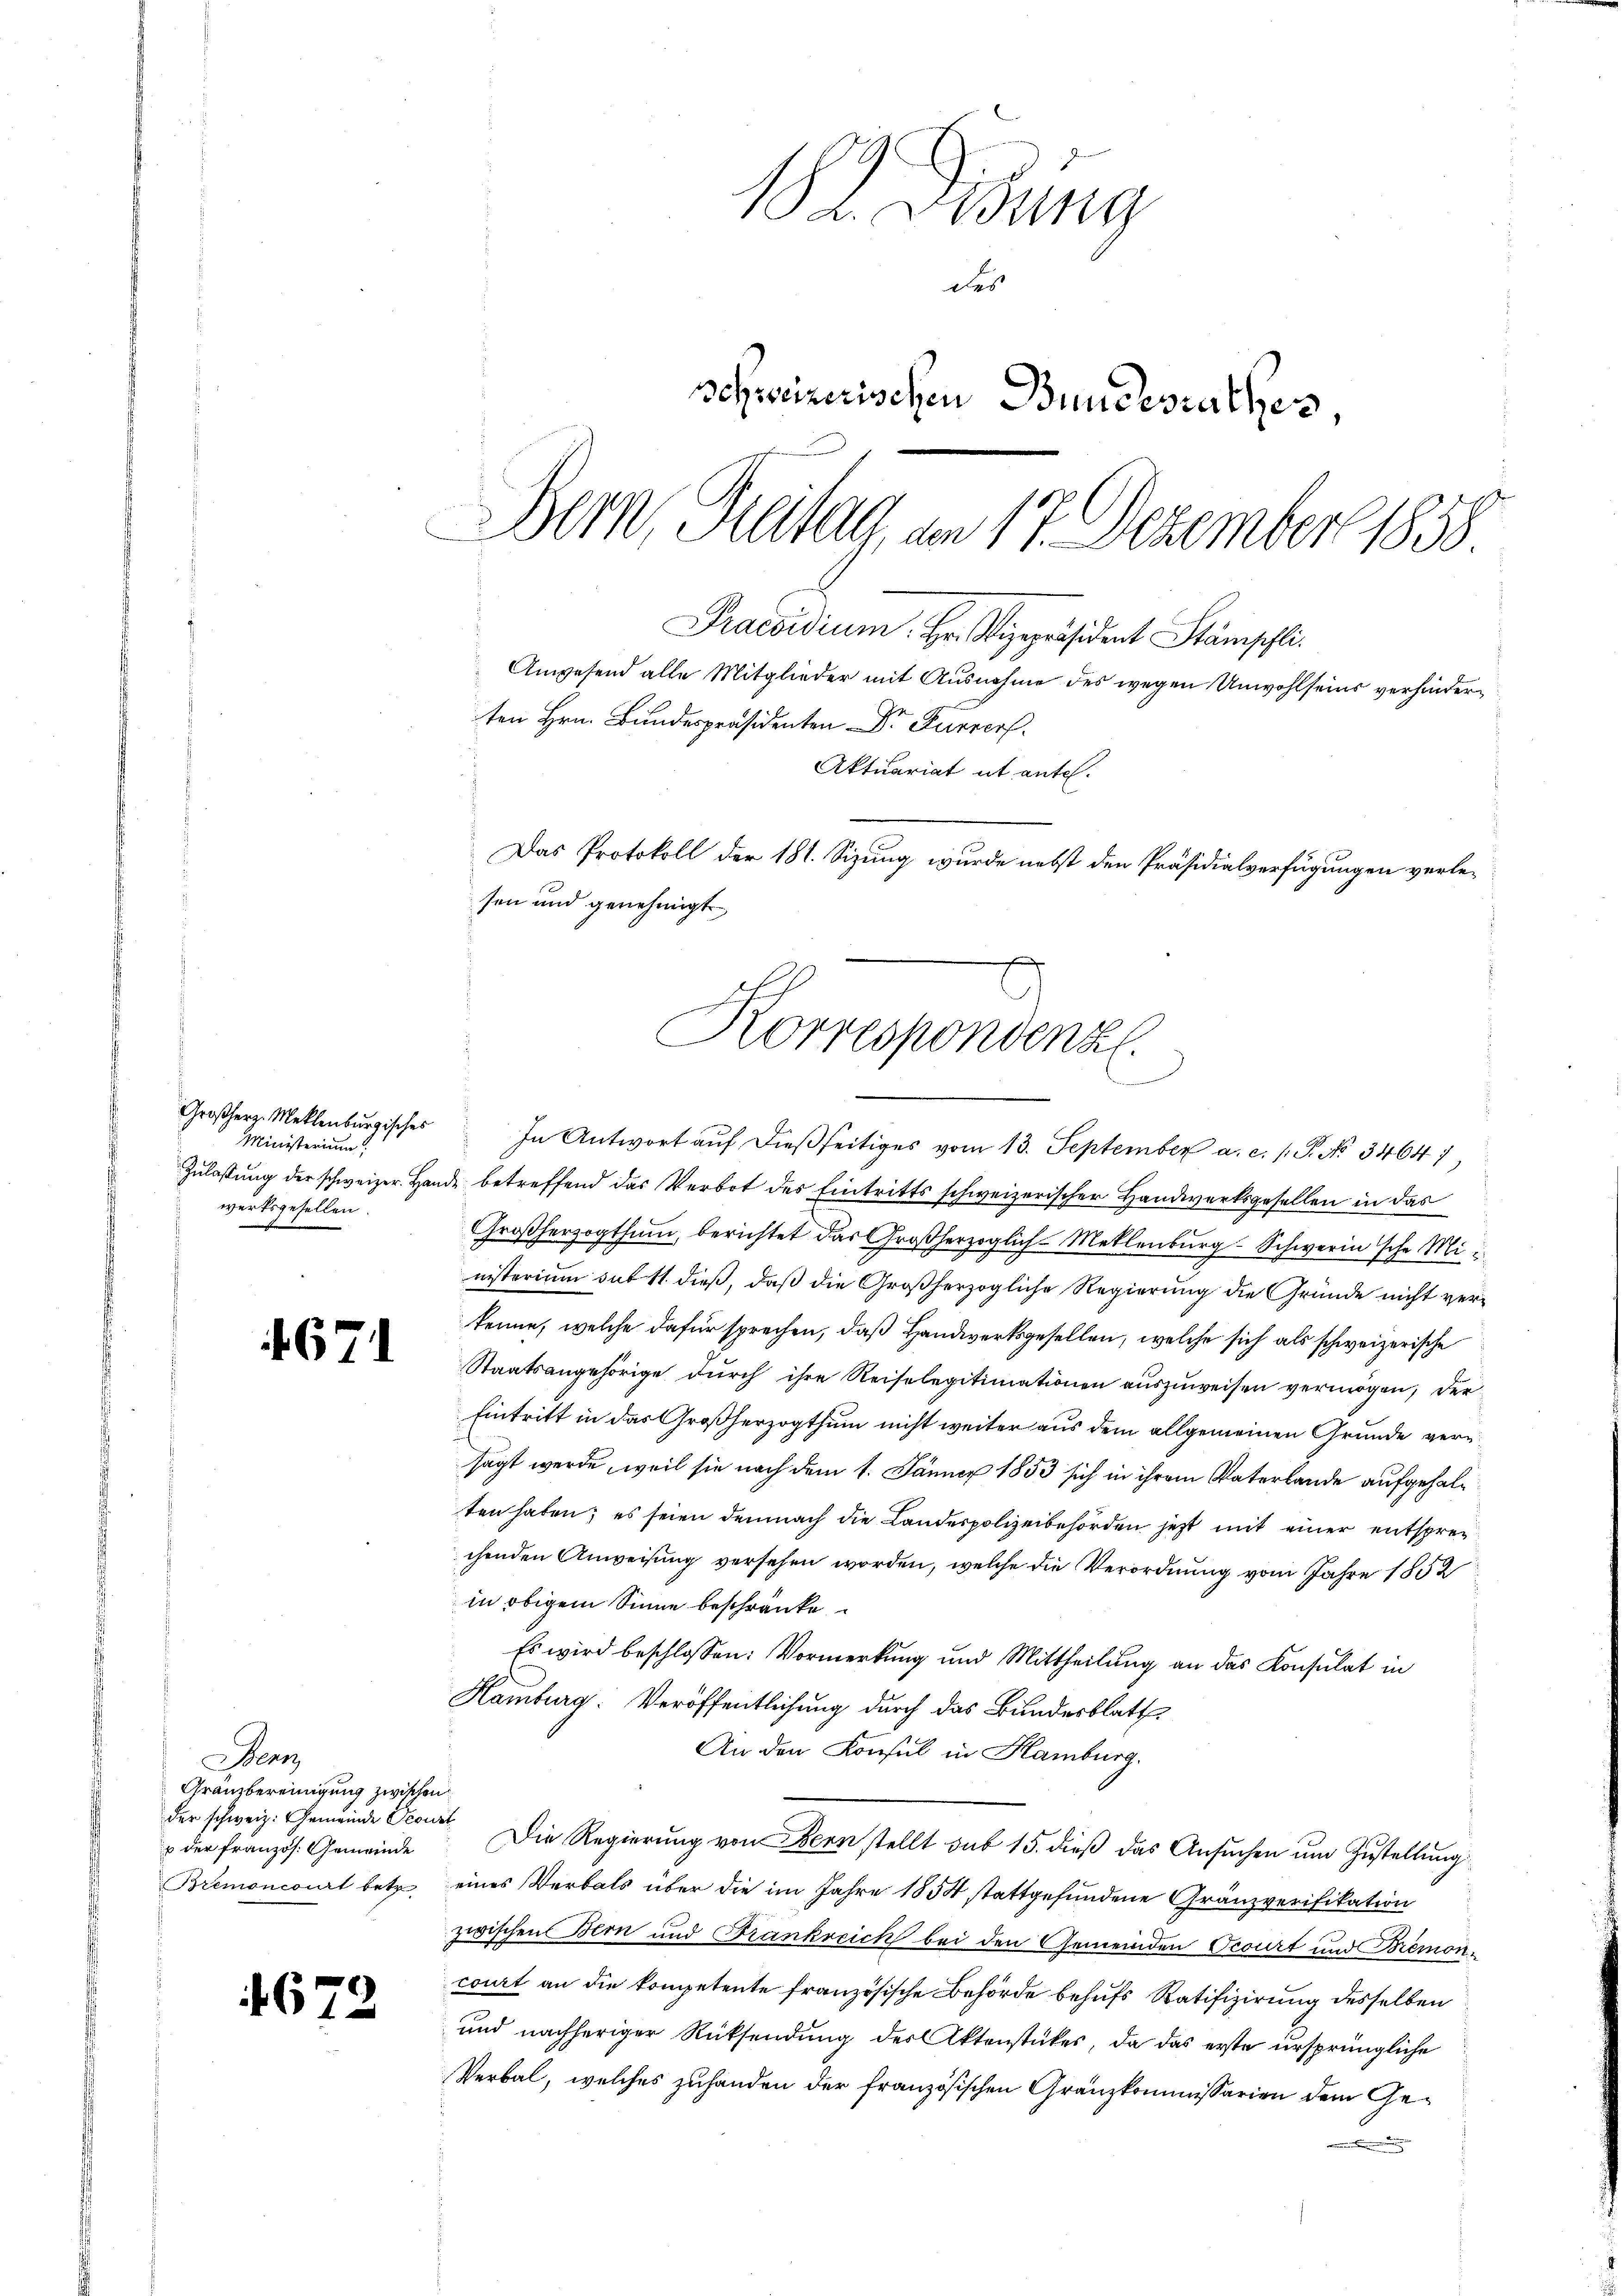
671

4679.

Das Protokoll der 181. Sizung wurde nebst den Präsidialverfügungen verlesen und genehmigt.
Korrespondenz.

Großherz- Meklenburgisches
Ministerium,
werksgesellen.

Manz
Gränzbereinigung zwischen
der schweiz. Gemeinde Sconst
u der französ. Gemeinde
Bremoncourt betr.

182. Disung
des
schweizerischen Bundesrathes,
Bern, Freitag, am 17. Dezember 1858.
Praesidium. Hr. Vizepräsident Stämpchli
Anwesend alle Mitglieder mit Ausnahme des wegen Unwohlseins verhinderten Hrn. Bundespräsidenten Dr Furrer.
Aktuariat it ente.

In Antwort aŭf dießseitiges vom 13. September a. c. 1 P. No 34647,
Zulassung der schweizer. Hande betreffend das Verbot des Eintritts schweizerischer Handwerksgesellen in das
Großherzogthum, berichtet das Großherzoglich-Meklenburg-Schwerin sche Ministerium sub 11. dieß, daß die Großherzogliche Regierung die Gründe nicht verkenne, welche dafür sprechen, daß Handwerksgesellen, welche sich als schweizerische
Staatsangehörige durch ihre Reiselegitimationen auszuweisen vermögen, der
Eintritt in das Großherzogthum nicht weiter aus dem allgemeinen Grunde versagt werde, weil sie nach dem 1. Jänner 1853 sich in ihrem Vaterlande aufgehalten haben; es seien demnach die Landespolizeibehörden jetzt mit einer entsprechenden Anweisung versehen worden, welche die Verordnung vom Jahre 1852
in obigem Sinne beschränke
Es wird beschlossen: Vormerkung und Mittheilung an das Konsulat in
Hamburg. Veröffentlichung durch das Bundesblatt
An den Konsul in Hamburg.
Die Regierung von Bern stellt sub 15. dieß das Ansuchen um Zustellung
eines Verbals über die im Jahre 1854 stattgefundene Gränzverifikation
zwischen Bern und Frankreich bei den Gemeinden Ocourt und Bremoncourt an die kompetente französische Behörde behufs Ratifizierung desselben
und nachheriger Rücksendung des Aktenstükes, da das erste ursprüngliche
Verbal, welches zuhanden der französischen Gränzkommissarien dem Ge¬